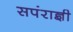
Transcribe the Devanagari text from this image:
सपंराज्ञी